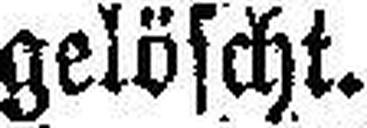
gelöscht.